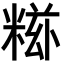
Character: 𥺩